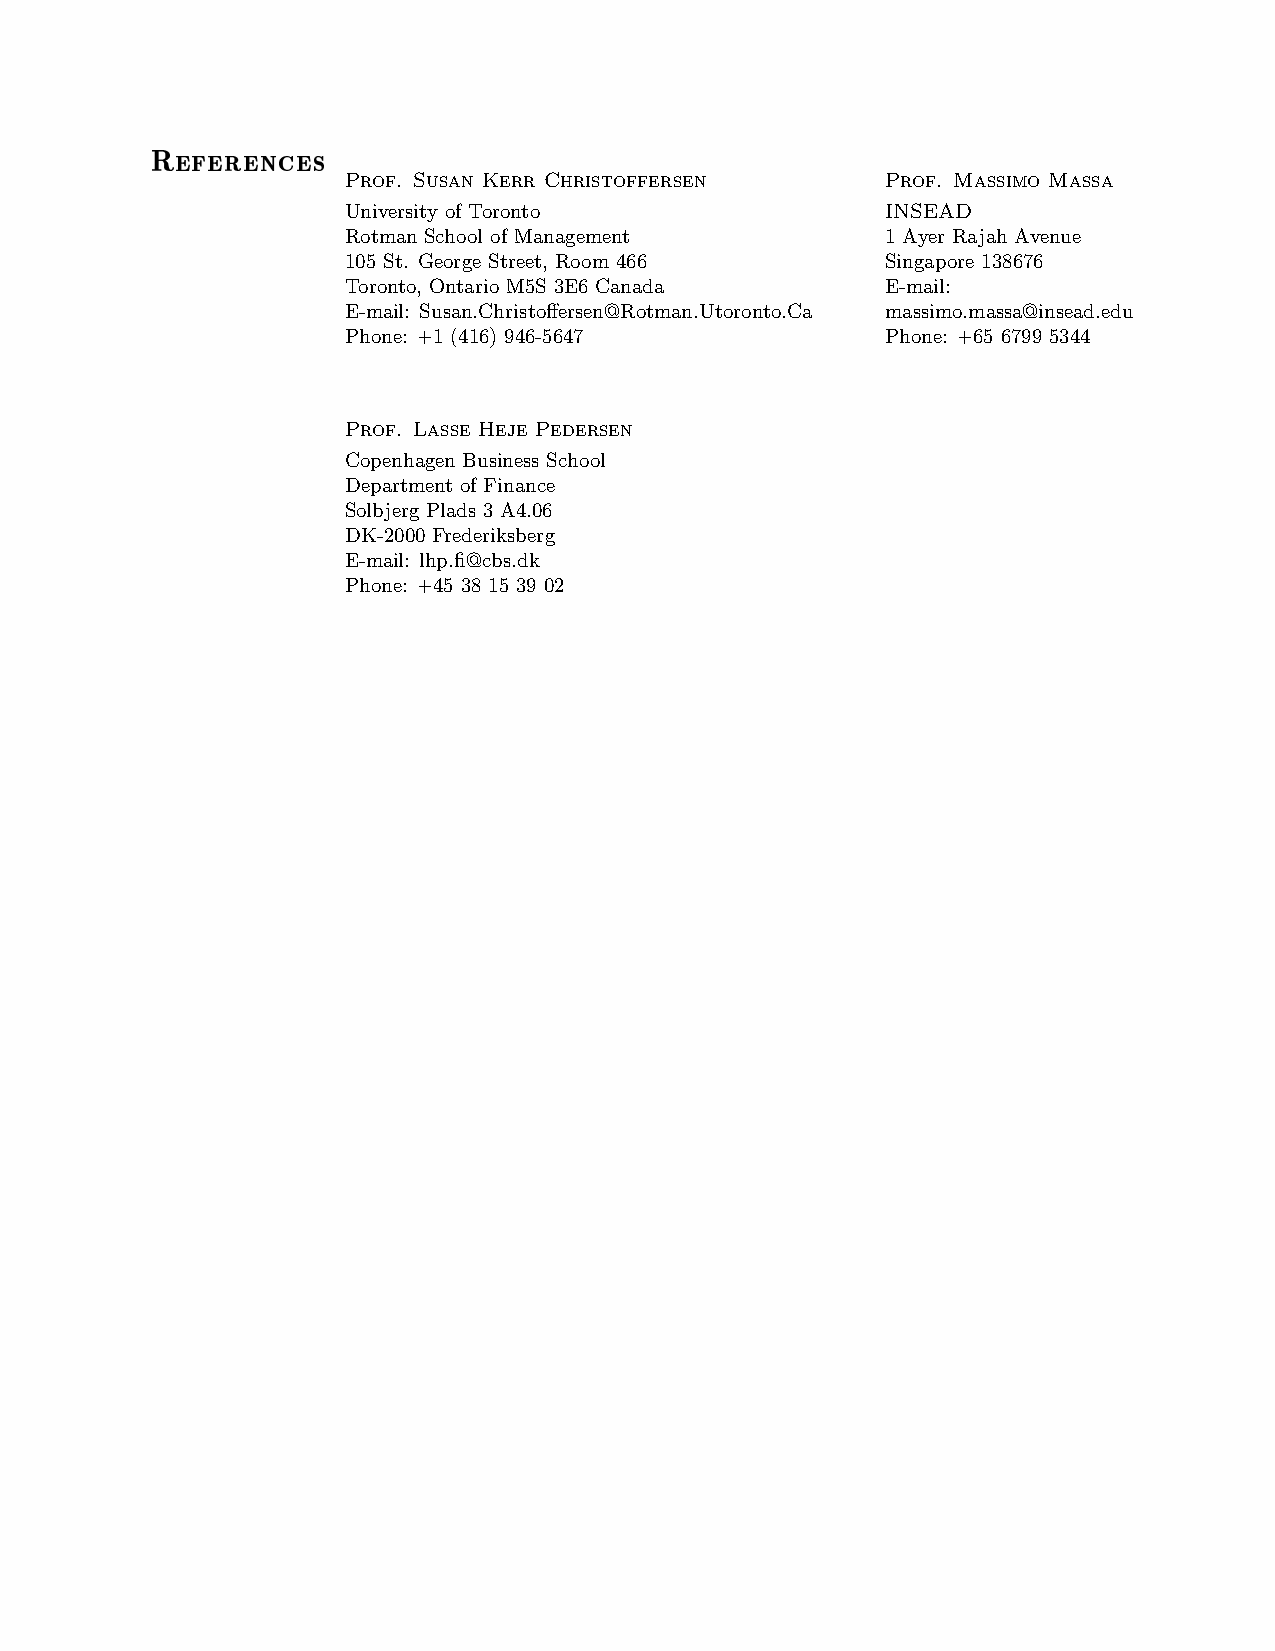
References
 Prof. Susan Kerr Christoffersen     Prof. Massimo Massa
 University of Toronto               INSEAD
 Rotman School of Management         1 Ayer Rajah Avenue
 105 St. George Street, Room 466     Singapore 138676
 Toronto, Ontario M5S 3E6 Canada     E-mail:
 E-mail: Susan.Christoffersen@Rotman.Utoronto.Ca massimo.massa@insead.edu
 Phone: +1 (416) 946-5647            Phone: +65 6799 5344
 Prof. Lasse Heje Pedersen
 Copenhagen Business School
 Department of Finance
 Solbjerg Plads 3 A4.06
 DK-2000 Frederiksberg
 E-mail: lhp.fi@cbs.dk
 Phone: +45 38 15 39 02